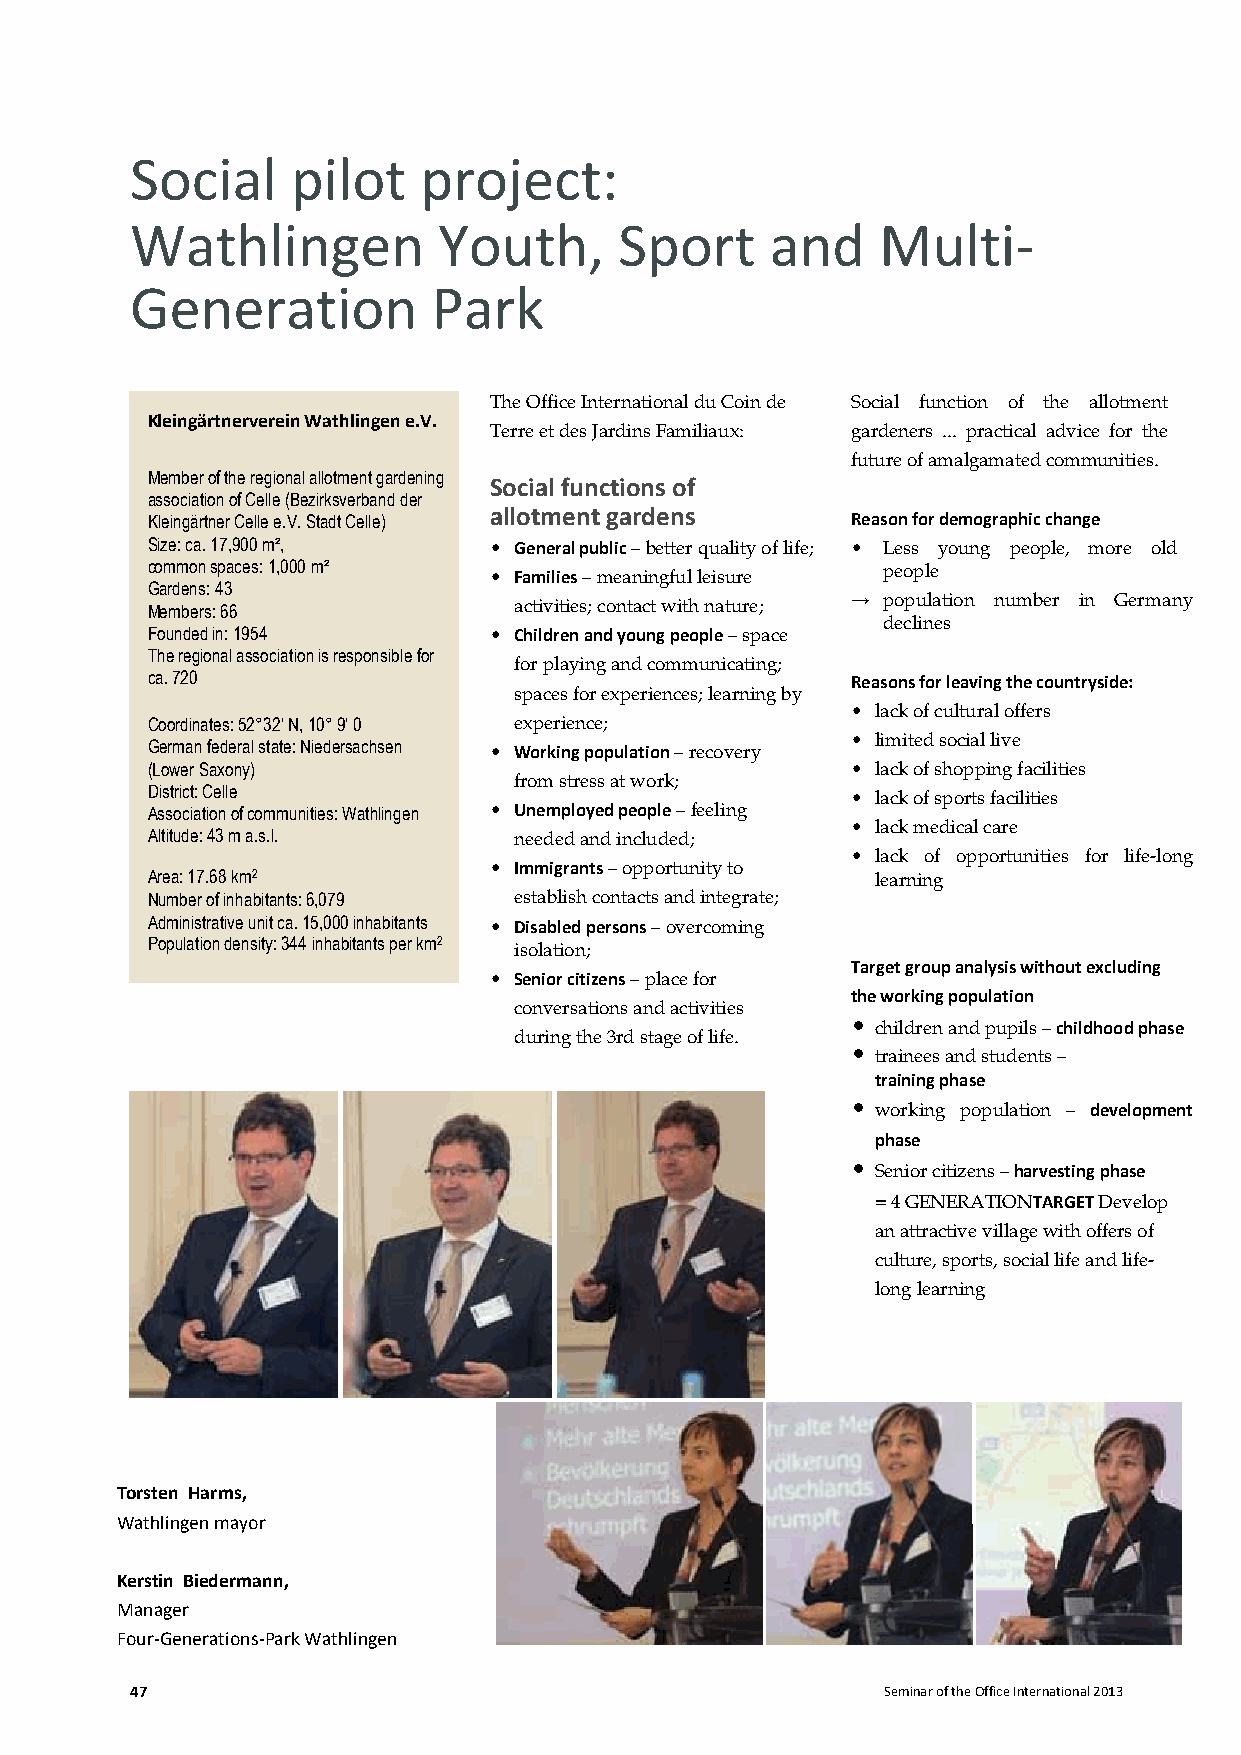
Social    pilot    project:
 Wathlingen          Youth,      Sport     and    Multi-
 Generation          Park
 The Office International du Coin de Social function of the allotment
 Kleingärtnerverein Wathlingen e.V.
 Terre et des Jardins Familiaux: gardeners ... practical advice for the
 future of amalgamated communities.
 Member of the regional allotment gardening
 Social functions of
 association of Celle (Bezirksverband der
 Kleingärtner Celle e.V. Stadt Celle) allotment gardens Reason for demographic change
 Size: ca. 17,900 m²,  • General public – better quality of life; • Less young people, more old
 common spaces: 1,000 m² • Families – meaningful leisure people
 Gardens: 43
 Members: 66             activities; contact with nature; → population number in Germany
 declines
 Founded in: 1954      • Children and young people – space
 The regional association is responsible for
 for playing and communicating;
 ca. 720                                       Reasons for leaving the countryside:
 spaces for experiences; learning by
 • lack of cultural offers
 Coordinates: 52°32‘ N, 10° 9‘ 0 experience;
 German federal state: Niedersachsen • Working population – recovery • limited social live
 (Lower Saxony)                                • lack of shopping facilities
 from stress at work;
 District: Celle
 • lack of sports facilities
 Association of communities: Wathlingen • Unemployed people – feeling
 • lack medical care
 Altitude: 43 m a.s.l.   needed and included;
 • lack of opportunities for life-long
 • Immigrants – opportunity to
 Area: 17.68 km2                                 learning
 Number of inhabitants: 6,079 establish contacts and integrate;
 Administrative unit ca. 15,000 inhabitants • Disabled persons – overcoming
 Population density: 344 inhabitants per km2
 isolation;
 Target group analysis without excluding
 • Senior citizens – place for
 the working population
 conversations and activities
 • children and pupils – childhood phase
 during the 3rd stage of life.
 • trainees and students –
 training phase
 • working population – development
 phase
 • Senior citizens – harvesting phase
 = 4 GENERATIONTARGET Develop
 an attractive village with offers of
 culture, sports, social life and life-
 long learning
 Torsten Harms,
 Wathlingen mayor
 Kerstin Biedermann,
 Manager
 Four-Generations-Park Wathlingen
 47                                                Seminar of the Office International 2013